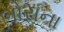
બોરાના